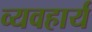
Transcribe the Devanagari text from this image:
व्‍यवहार्य